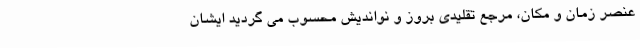
عنصر زمان و مکان، مرجع تقلیدی بروز و نواندیش محسوب می گردید ایشان